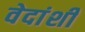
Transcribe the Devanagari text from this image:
वेदांशी